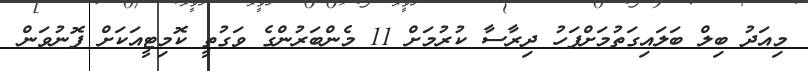
މިއަދު ބިލް ބަލައިގަތުމަށްފަހު ދިރާސާ ކުރުމަށް 11 މެންބަރުންގެ ވަގުތީ ކޮމިޓީއަކަށް ފޮނުވަން